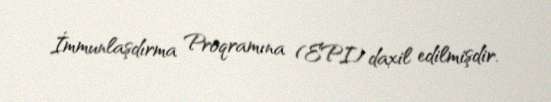
İmmunlaşdırma Proqramına (EPI) daxil edilmişdir.